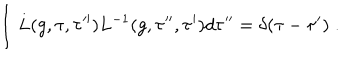
\int L ( g , \tau , \tau ^ { \prime \prime } ) L ^ { - 1 } ( g , \tau ^ { \prime \prime } , \tau ^ { \prime } ) d \tau ^ { \prime \prime } = \delta ( \tau - \tau ^ { \prime } ) \; .